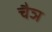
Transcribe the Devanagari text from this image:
चैञ